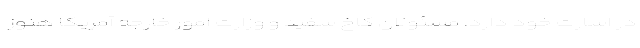
در اسارت خود دارد. مسئولان کاخ سفید و وزارت امور خارجه آمریکا هنوز